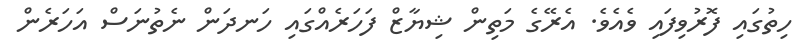
ހިތުގައި ފޮރުވިފައި ވެއެވެ. އެރޭގެ މަތިން ޝިޔާޒް ފަހަރެއްގައި ހަނދަން ނެތުނަސް އަހަރެން